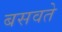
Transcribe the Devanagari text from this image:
बसवते